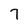
Character: 7